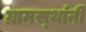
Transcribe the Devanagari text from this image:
ग्रामस्‍थांनी